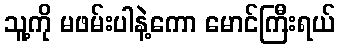
သူ့ကို မဖမ်းပါနဲ့ကော မောင်ကြီးရယ်